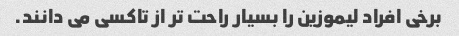
برخی افراد لیموزین را بسیار راحت تر از تاکسی می دانند.